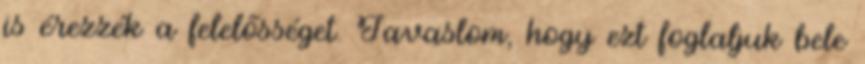
is érezzék a felelősséget. Javaslom, hogy ezt foglaljuk bele